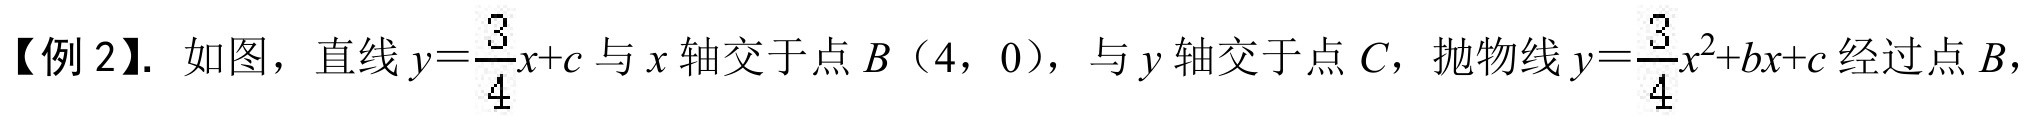
【例2】. 如图，直线\(y = \frac{3}{4}x + c\)与\(x\)轴交于点\(B(4,0)\)，与\(y\)轴交于点\(C\)，抛物线\(y=\frac{3}{4}x^{2}+bx + c\)经过点\(B\)，